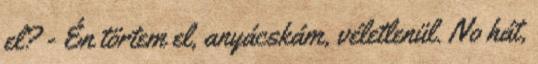
el? - Én törtem el, anyácskám, véletlenül. No hát,